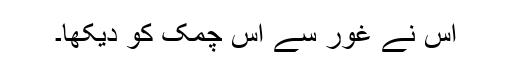
اس نے غور سے اس چمک کو دیکھا۔